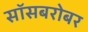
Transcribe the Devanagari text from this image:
सॉसबरोबर